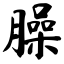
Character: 臊